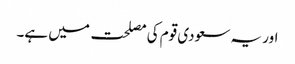
اور یہ سعودی قوم کی مصلحت میں ہے۔